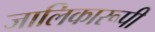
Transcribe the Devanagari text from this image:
जालिकारूपी